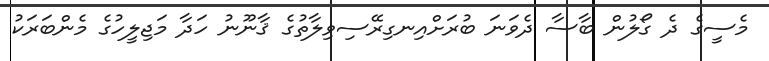
މެސީގެ ދެ ގޯލުން ބާސާ ދެވަނަ ބުރަށްއިނގިރޭސިވިލާތުގެ ޤާނޫނު ހަދާ މަޖިލީހުގެ މެންބަރަކު